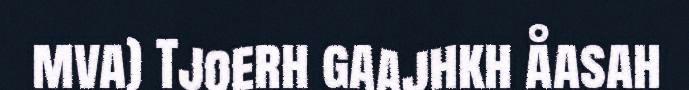
mva) Tjoerh gaajhkh åasah